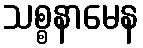
သစ္စနာမေန